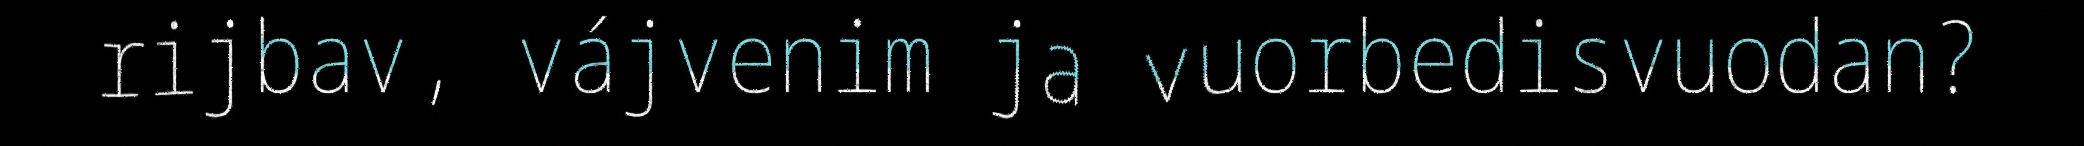
rijbav, vájvenim ja vuorbedisvuodan?